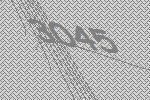
3045